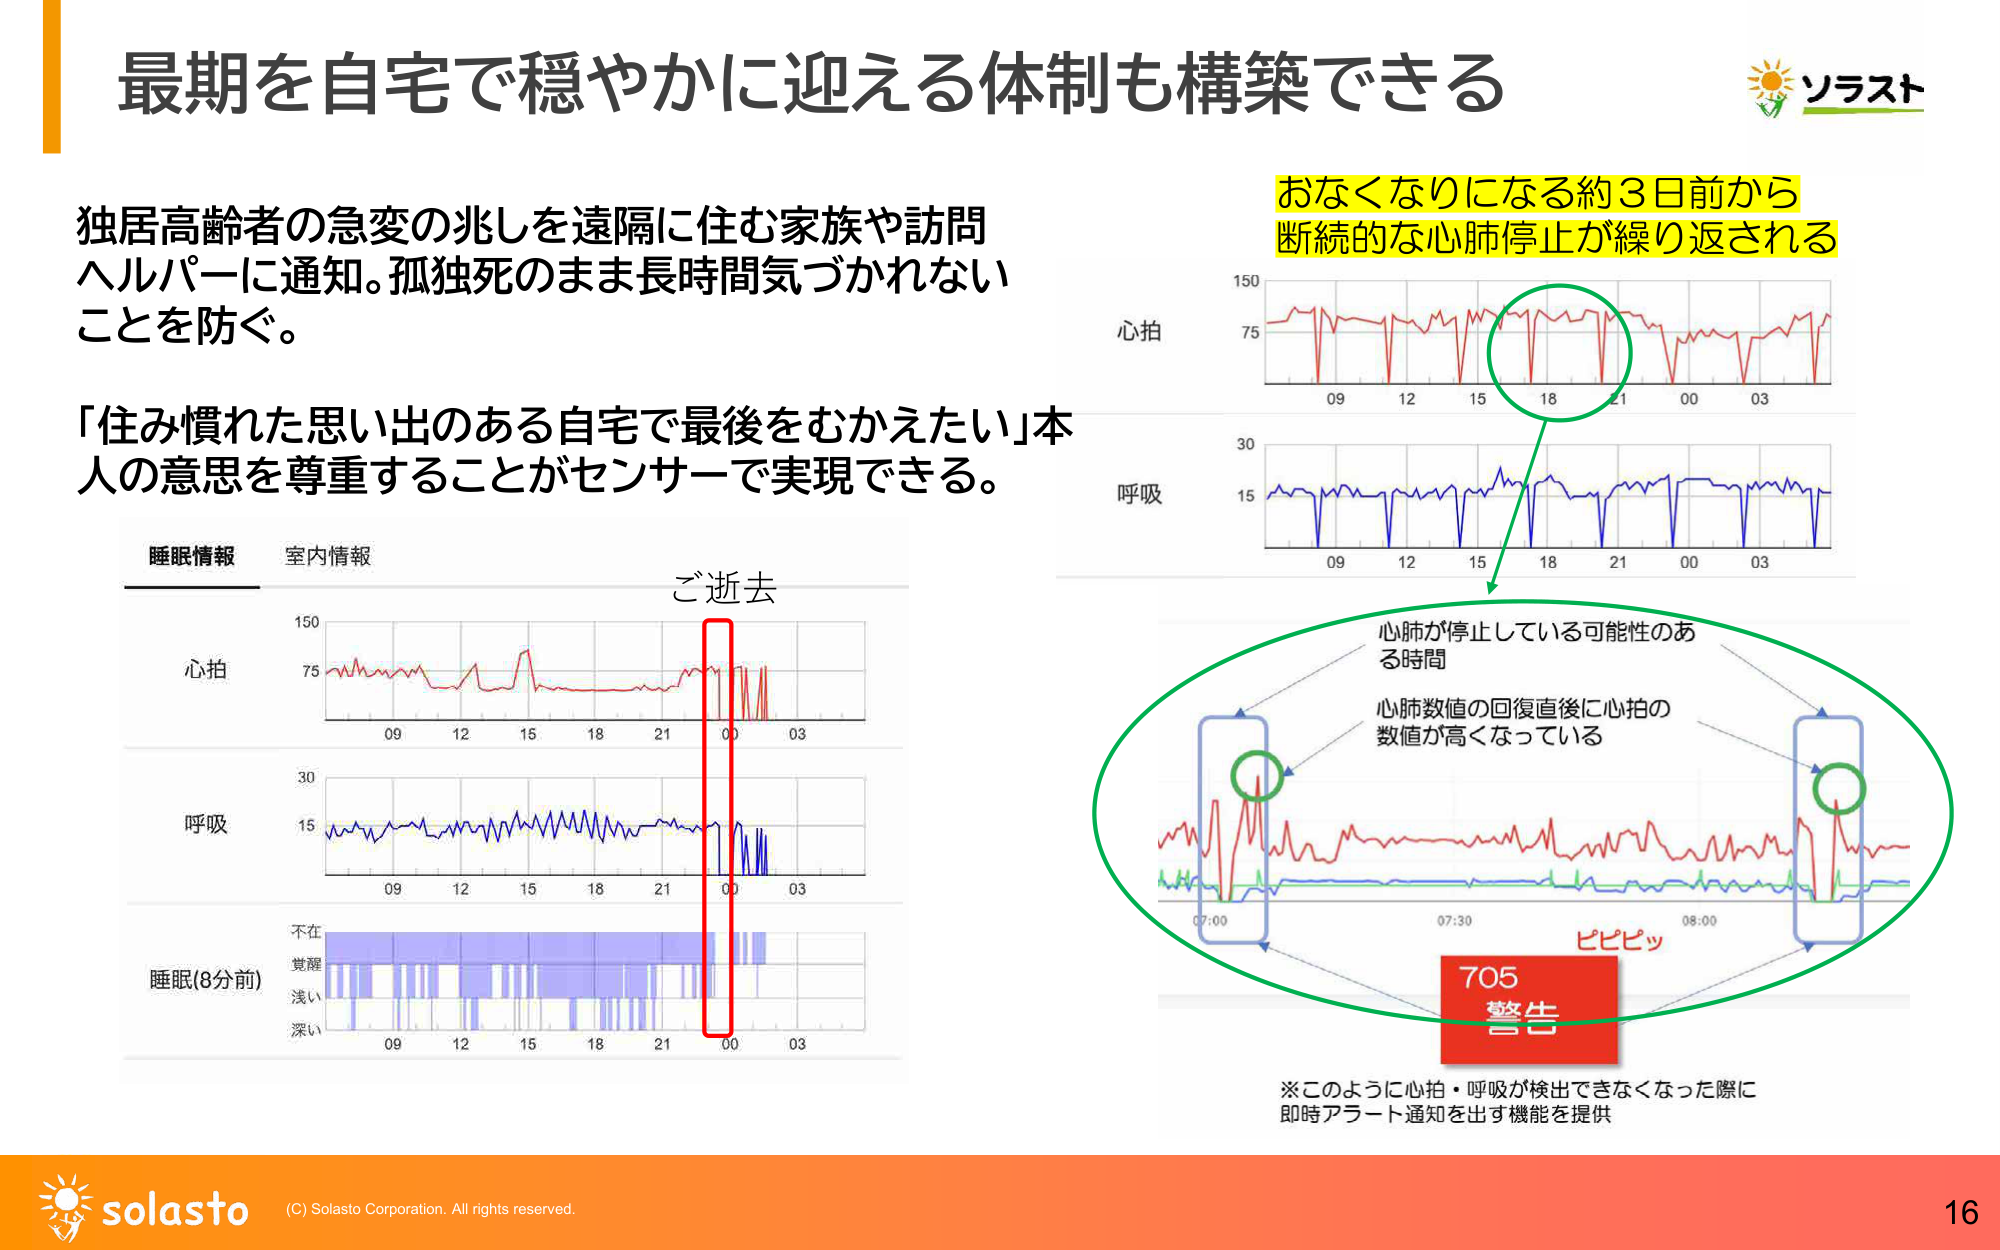
最期を自宅で穏やかに迎える体制も構築できる

独居高齢者の急変の兆しを遠隔に住む家族や訪問
ヘルパーに通知。孤独死のまま長時間気づかれない
ことを防ぐ。

「住み慣れた思い出のある自宅で最後をむかえたい」本人の意思を尊重することがセンサーで実現できる。

睡眠情報 室内情報
ご逝去

心拍
呼吸
不在
覚醒
睡眠(8分前)
浅い
深い

09 12 15 18 21 00 03
09 12 15 18 21 00 03
09 12 15 18 21 00 03

心拍
呼吸

09 12 15 18 21 00 03
09 12 15 18 21 00 03

おなくなりになる約3日前から
断続的な心肺停止が繰り返される

心肺が停止している可能性のある時間
心肺数値の回復直後に心拍の
数値が高くなっている

07:00 07:30 08:00
ピピピッ

705
警告

※このように心拍・呼吸が検出できなくなった際に
即時アラート通知を出す機能を提供

ソラスト

solasto
(C) Solasto Corporation. All rights reserved.
16